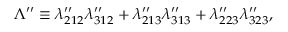
\Lambda ^ { \prime \prime } \equiv \lambda _ { 2 1 2 } ^ { \prime \prime } \lambda _ { 3 1 2 } ^ { \prime \prime } + \lambda _ { 2 1 3 } ^ { \prime \prime } \lambda _ { 3 1 3 } ^ { \prime \prime } + \lambda _ { 2 2 3 } ^ { \prime \prime } \lambda _ { 3 2 3 } ^ { \prime \prime } ,